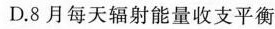
D.8月每天辐射能量收支平衡